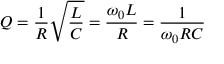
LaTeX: Q = { \frac { 1 } { R } } { \sqrt { \frac { L } { C } } } = { \frac { \omega _ { 0 } L } { R } } = { \frac { 1 } { \omega _ { 0 } R C } }